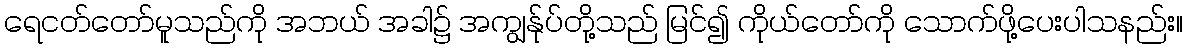
ရေငတ်တော်မူသည်ကို အဘယ် အခါ၌ အကျွန်ုပ်တို့သည် မြင်၍ ကိုယ်တော်ကို သောက်ဖို့ပေးပါသနည်း။